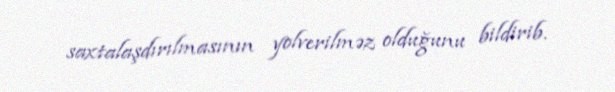
saxtalaşdırılmasının yolverilməz olduğunu bildirib.